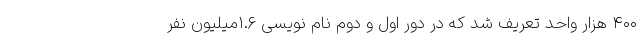
۴۰۰ هزار واحد تعریف شد که در دور اول و دوم نام نویسی ۱.۶میلیون نفر